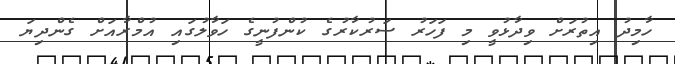
ހާމިދު އިތުރަށް ވިދާޅުވީ މި ފަހަރު ސަރުކާރުގެ ކުންފުނީގެ ހަވާލުގައި އުމްރާއަށް ގެންދިޔަ